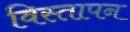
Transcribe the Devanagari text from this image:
विस्तापन